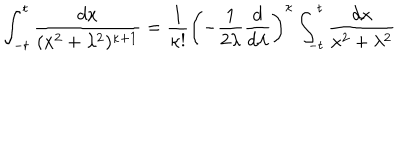
LaTeX: \int _ { - t } ^ { t } \frac { d x } { ( x ^ { 2 } + \lambda ^ { 2 } ) ^ { \kappa + 1 } } = \frac { 1 } { \kappa ! } \left( - \frac { 1 } { 2 \lambda } \frac { d } { d \lambda } \right) ^ { \kappa } \int _ { - t } ^ { t } \frac { d x } { x ^ { 2 } + \lambda ^ { 2 } }